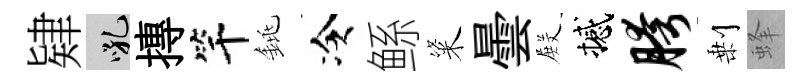
肄吼摶竿銚冷鲧粢曇𭮺撼胯剰蜂